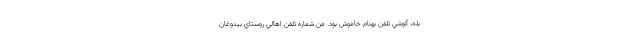
بله، گوشي تلفن بهنام خاموش بود. من شماره تلفن اهالي روستاي بيدوغان